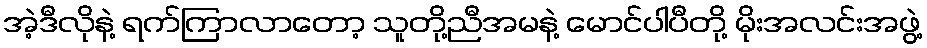
အဲ့ဒီလိုနဲ့ ရက်ကြာလာတော့ သူတို့ညီအမနဲ့ မောင်ပါပီတို့ မိုးအလင်းအဖွဲ့